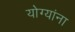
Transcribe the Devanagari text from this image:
योग्यांना